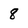
Character: 8